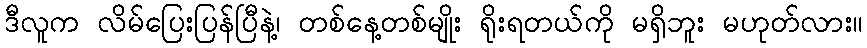
ဒီလူက လိမ်ပြေးပြန်ပြီနဲ့၊ တစ်နေ့တစ်မျိုး ရိုးရတယ်ကို မရှိဘူး မဟုတ်လား။